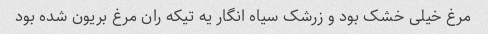
مرغ خیلی خشک بود و زرشک سیاه انگار یه تیکه ران مرغ بریون شده بود